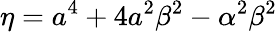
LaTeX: \eta=a^{4}+4a^{2}\beta^{2}-\alpha^{2}\beta^{2}